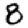
Digit: 8